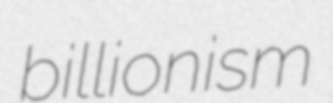
billionism